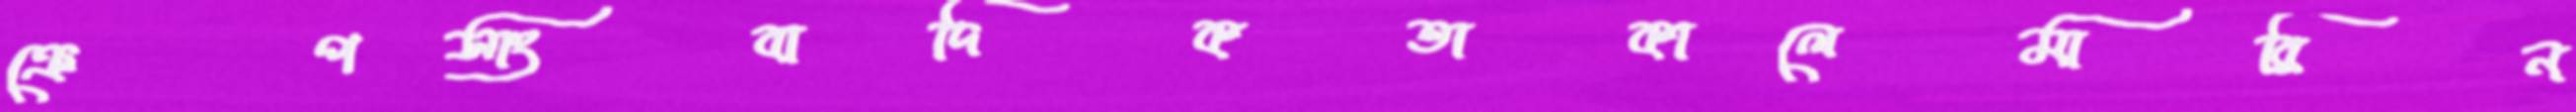
ক্রেপসাংবাদিকতাকালেমারিন্